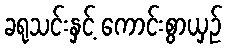
ခရုသင်းနှင့် ကောင်းစွာယှဉ်